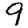
Digit: 9